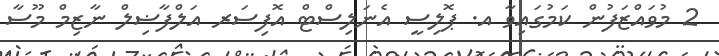
2 މުވައްޒަފުން ކަމުގައިވާ އ. ޕޮލިސީ އެނަލިސްޓް އޮފިސަރ އަލްފާޟިލް ނާޒިމް މޫސާ